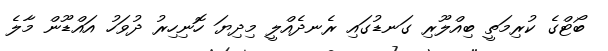
ބޯޓްގެ ކުރިމަތީ ބިއްލޫރި ގަނޑުގައި ރެނދެއްލީ މިދިޔަ ހޮނިހިރު ދުވަހު އައްޑޫން މާލެ